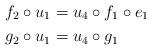
LaTeX: \begin{align*} f_2\circ u_1&=u_4\circ f_1\circ e_1\\ g_2\circ u_1&=u_4\circ g_1 \end{align*}